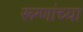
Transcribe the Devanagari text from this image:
रूग्णांच्या